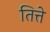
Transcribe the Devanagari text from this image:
तित्ते